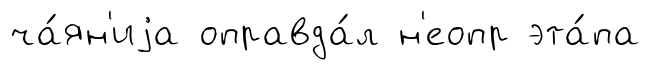
ча́ян'иjа оправда́л н'еопр эта́па